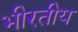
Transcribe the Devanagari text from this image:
भीरतीय